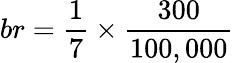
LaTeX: br=\frac{1}{7}\times\frac{300}{100,000}